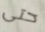
حتى